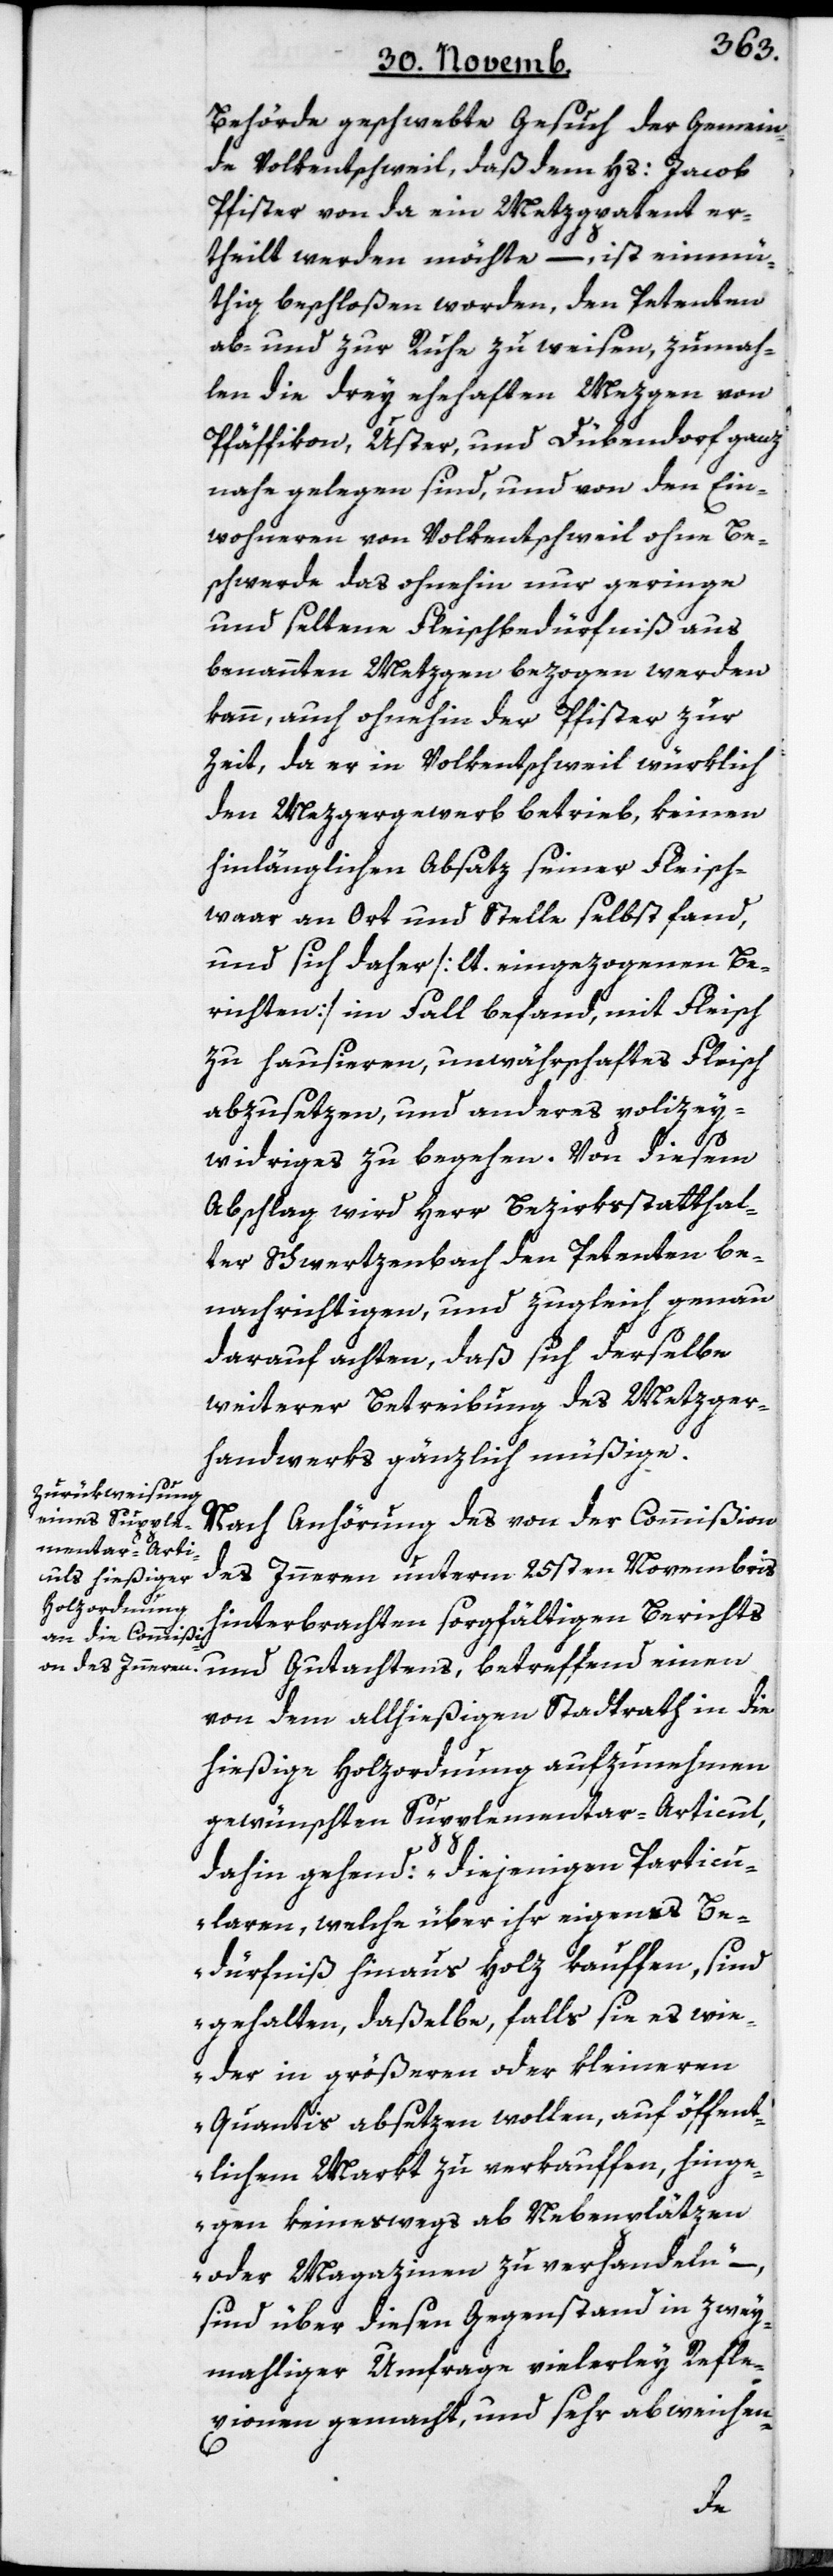
Behörde geschwebte Gesuch der Gemein¬
de Volkentschweil, daß dem Hs. Jacob
Pfister von da ein Metzgpatent er¬
theilt werden möchte, – ist einmü¬
thig beschloßen worden, den Petenten
ab- und zur Ruhe zu weisen, zumah¬
len die drey ehehaften Mezgen von
Pfäffikon, Uster und Dübendorf ganz
nahe gelegen sind, und von den Ein¬
wohneren von Volkentschweil ohne Be¬
schwerde das ohnehin nur geringe
und seltene Fleischbedürfniß aus
benannten Metzgen bezogen werden
kann, auch ohnehin der Pfister zur
Zeit, da er in Volkentschweil würklich
den Metzgergewerb betrieb, keinen
hinlänglichen Absatz seiner Fleisch¬
waar an Ort und Stelle selbst fand,
und sich daher [lt. eingezogenen Be¬
richten] im Fall befand, mit Fleisch
zu hausieren, unwährschaftes Fleisch
abzusetzen, und anderes polizey¬
widriges zu begehen. Von diesem
Abschlag wird Herr Bezirksstatthal¬
ter Schwertzenbach den Petenten be¬
nachrichtigen, und zugleich genau
darauf achten, daß sich derselbe
weiterer Betreibung des Metzger¬
handwerks gänzlich müßige.
Nach Anhörung des von der Commißion
des Innern unterm 25sten Novembris
hinterbrachten sorgfältigen Berichts
und Gutachtens, betreffend einen
von dem allhießigen Stadtrath in die
hießige Holzordnung aufzunehmen
gewünschten Supplementar-Articul,
dahin gehend: „diejenigen Particu¬
laren, welche über ihr eigenes Be¬
dürfniß hinaus Holz kauffen, sind
gehalten, daßelbe, falls sie es wie¬
der in größeren oder kleineren
Quantis absetzen wollen, auf öffent¬
lichem Markt zu verkauffen, hinge¬
gen keineswegs ab Nebenplätzen
oder Magazinen zu verhandeln“
sind über diesen Gegenstand in zwey¬
mahliger Umfrage vielerley Refle¬
xionen gemacht, und sehr abweichen-